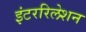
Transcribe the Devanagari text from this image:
इंटररिलेशन